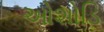
ઓશોડિ